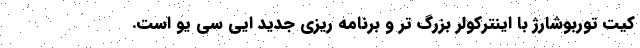
کیت توربوشارژ با اینترکولر بزرگ تر و برنامه ریزی جدید ایی سی یو است.